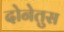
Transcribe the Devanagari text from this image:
दोनेतुस